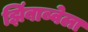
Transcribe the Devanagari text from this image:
झिंबाब्वेला